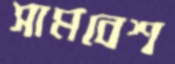
সামবেশ